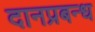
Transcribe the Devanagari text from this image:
दानप्रबन्ध